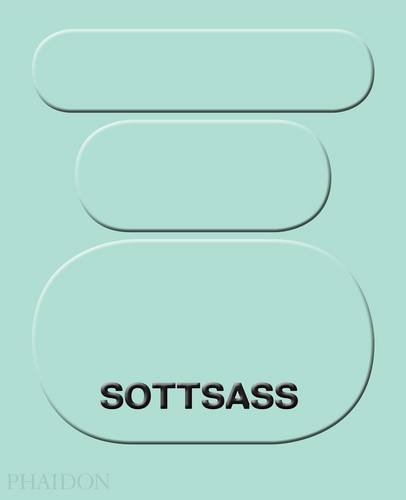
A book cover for Ettore Sottsass; Philippe Thome; Biographies & Memoirs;